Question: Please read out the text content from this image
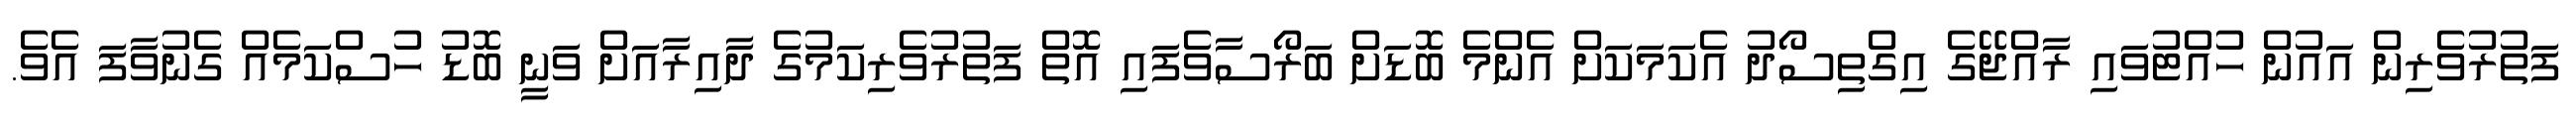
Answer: ފަތުރުވެރިން އައުން ހުއްޓުވައި ރާއްޖޭގެ އިގްތިސޯދު އެކަމަކަށް އެންމެ ބޮޑަށް ބަރޯސާވެފައި އޮތް ފަތުރުވެރިކަމުގެ ދާއިރާއަށް ވަނީ ބޮޑު ހުސްކަމެއް ގެނުވާފަ އެވެ.